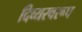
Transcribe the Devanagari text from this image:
दिव्यस्वरूप